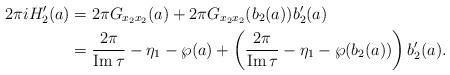
LaTeX: \begin{align*}2\pi iH_{2}^{\prime}(a) & =2\pi G_{x_{2}x_{2}}(a)+2\pi G_{x_{2}x_{2}}(b_{2}(a))b_{2}^{\prime}(a) \\& =\frac{2\pi}{\operatorname{Im}\tau}-\eta_{1}-\wp(a)+\left( \frac{2\pi}{\operatorname{Im}\tau}-\eta_{1}-\wp(b_{2}(a))\right) b_{2}^{\prime}(a).\end{align*}